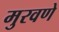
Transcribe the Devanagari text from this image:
मुरवणे